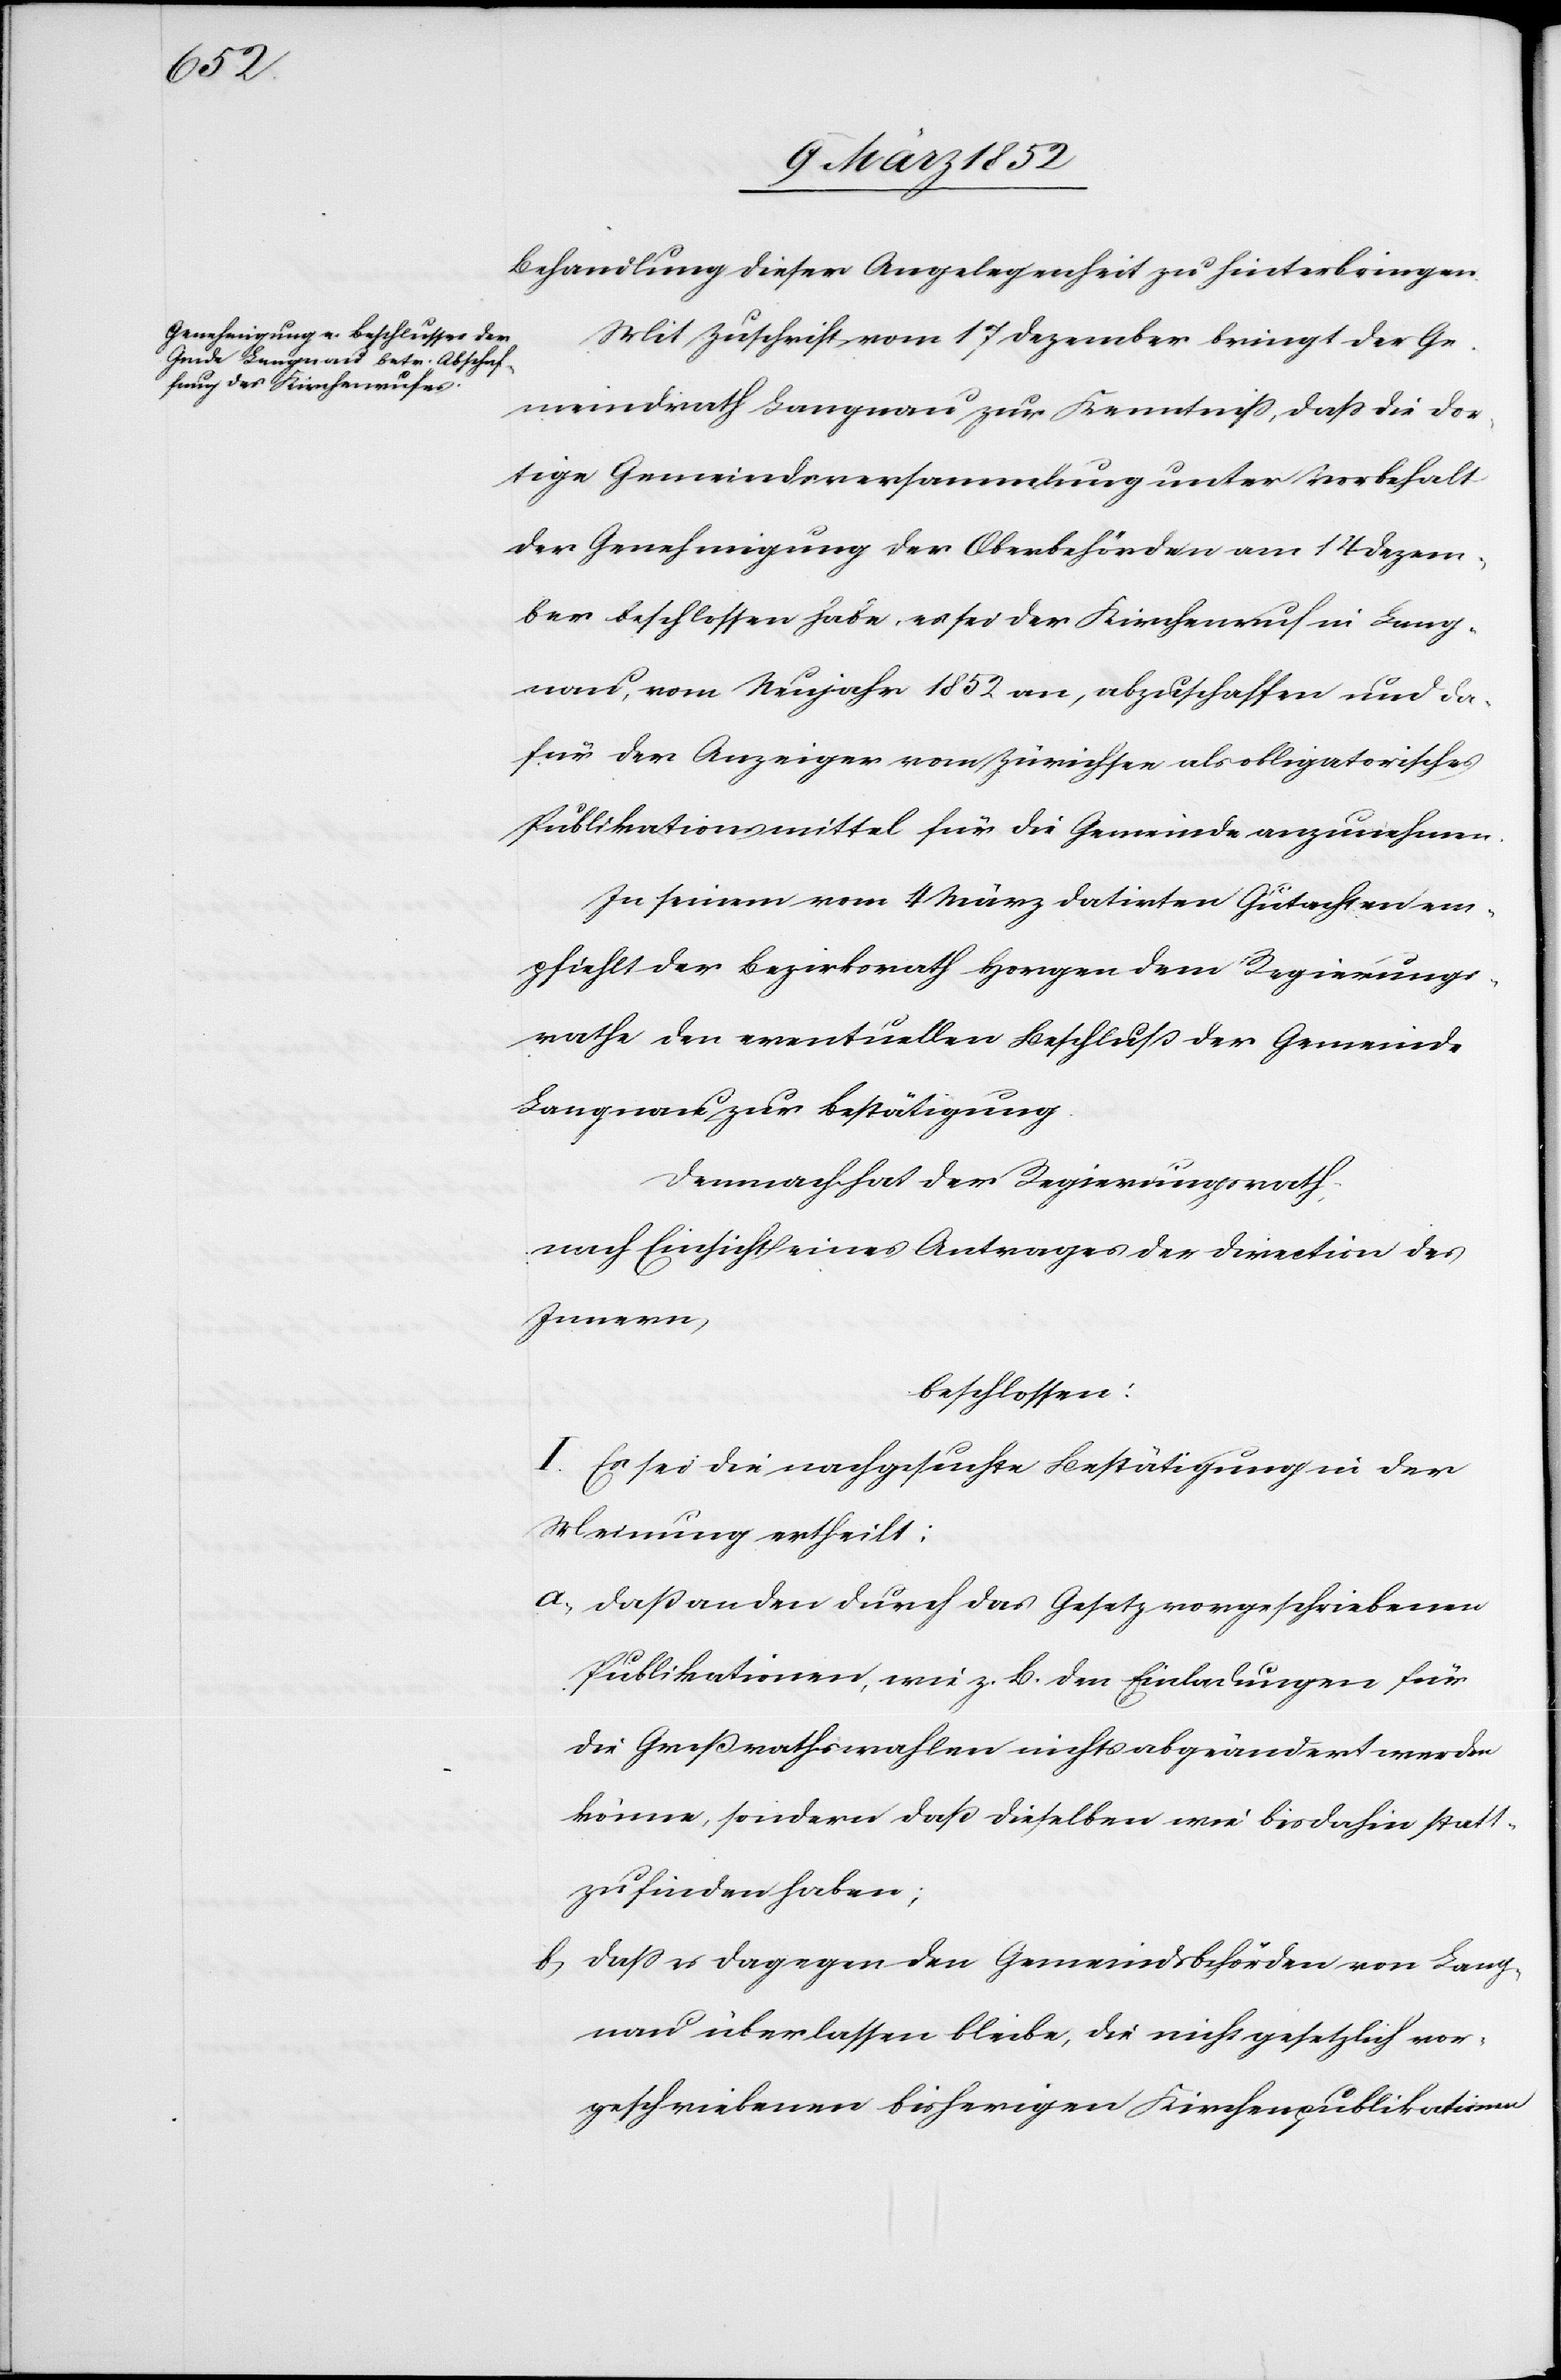
Behandlung dieser Angelegenheit zu hinterbringen.
Mit Zuschrift vom 17 Dezember bringt der Ge¬
meindrath Langnau zur Kenntniß, daß die dor¬
tige Gemeindeversammlung unter Vorbehalt
der Genehmigung der Oberbehörden am 14 Dezem¬
ber beschlossen habe, es sei der Kirchenruf in Lang¬
nau, vom Neujahr 1852 an, abzuschaffen und da¬
für der Anzeiger vom Zürichsee als obligatorisches
Publikationsmittel für die Gemeinde anzunehmen.
In seinem vom 4 März datirten Gutachten em¬
pfiehlt der Bezirksrath Horgen dem Regierungs¬
rathe den eventuellen Beschluß der Gemeinde
Langnau zur Bestätigung.
Demnach hat der Regierungsrath
nach Einsicht eines Antrages der Direction des
Innern,
beschlossen:
I. Es sei die nachgesuchte Bestätigung in der
Meinung ertheilt:
a) Daß an den durch das Gesetz vorgeschriebenen
Publikationen, wie z. B. den Einladungen für
die Großrathswahlen nichts abgeändert werden
könne, sondern daß dieselben wie bisdahin statt¬
zufinden haben;
b) Daß es dagegen den Gemeindsbehörden von Lang¬
nau überlassen bleibe, die nicht gesetzlich vor¬
geschriebenen bisherigen Kirchenpublikationen